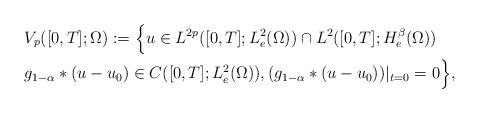
LaTeX: \begin{align*}& V_{p}([0,T];\Omega) := \Big\{ u \in L^{2p}([0,T];L_{e}^{2}(\Omega)) \cap L^{2}([0,T];H_{e}^{\beta}(\Omega)) \\& g_{1-\alpha}*(u-u_{0}) \in C([0,T];L_{e}^{2}(\Omega)), (g_{1-\alpha}*(u-u_{0}))|_{t=0} = 0 \Big\},\end{align*}